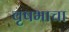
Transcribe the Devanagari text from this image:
वृषभाचा